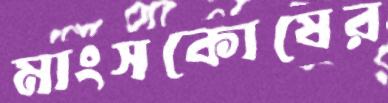
মাংসকোষের